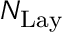
N _ { \mathrm { { L a y } } }